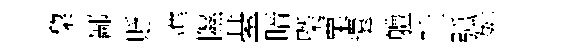
棃鄙貶準隰䑓暗㮣粟還軆吐弧舛